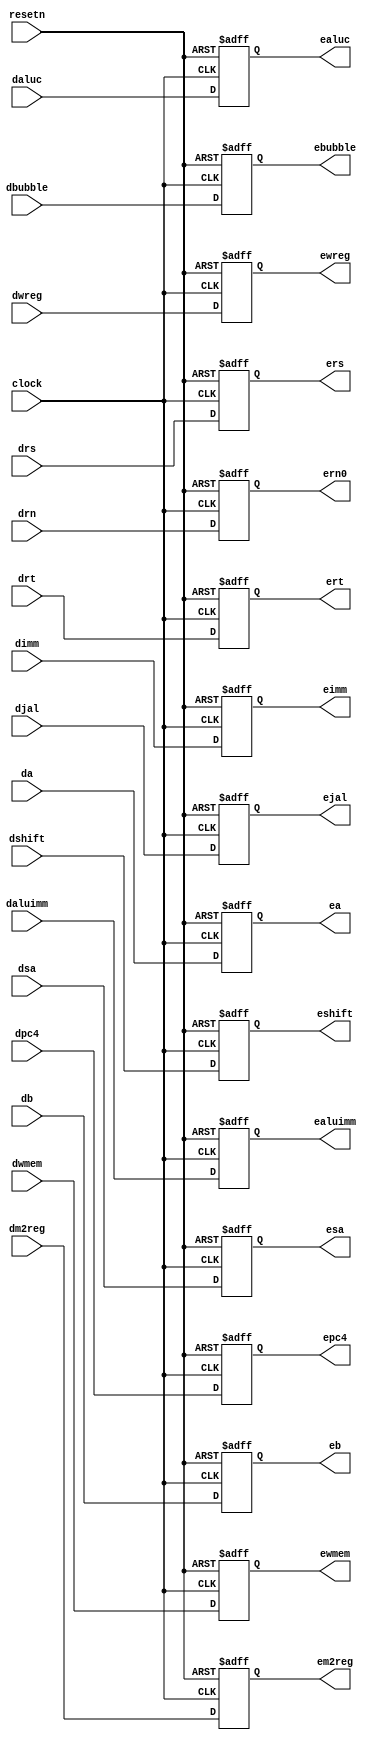
module pipedereg(dbubble, drs, drt, dwreg, dm2reg, dwmem,
	daluc, daluimm, da, db, dimm, dsa, drn, dshift, djal,
	dpc4, clock, resetn, ebubble, ers, ert, ewreg, em2reg,
	ewmem, ealuc, ealuimm, ea, eb, eimm, esa, ern0, eshift, ejal, epc4);
						
	input [31: 0] dimm, dpc4, da, db, dsa;
	input dbubble, dwreg, dm2reg, dwmem, djal, dshift, daluimm;
	input [4: 0] drn, drs, drt;
	input [3: 0] daluc;
	input clock, resetn;
	
	output reg [31: 0] esa, eimm, epc4, ea, eb;
	output reg ebubble, ewreg, em2reg, ewmem, ejal, eshift, ealuimm;
	output reg [4: 0] ern0, ers, ert;
	output reg [3: 0] ealuc;


	always @(posedge clock or negedge resetn)
	begin
		if (resetn == 0)
		begin
			ewreg <= 0;
			em2reg <= 0;
			ewmem <= 0;
			ealuimm <= 0;
			eshift <= 0;
			ejal <= 0;
			ea <= 0;
			eb <= 0;
			eimm <= 0;
			epc4 <= 0;
			ern0 <= 0;
			ealuc <= 0;
			ers <= 0;
			ert <= 0;
			esa <= 0;
			ebubble <= 0;
		end
		else
		begin
			ewreg <= dwreg;
			em2reg <= dm2reg;
			ewmem <= dwmem;
			ealuimm <= daluimm;
			eshift <= dshift;
			ejal <= djal;
			ea <= da;
			eb <= db;
			eimm <= dimm;
			epc4 <= dpc4;
			ern0 <= drn;
			ealuc <= daluc;
			ers <= drs;
			ert <= drt;
			esa <= dsa;
			ebubble <= dbubble;
		end
	end
endmodule